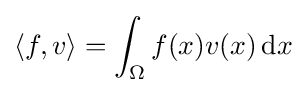
\langle f,v\rangle =\int _{\Omega }f(x)v(x)\,\mathrm {d} x